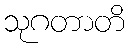
သုဂတာတိ